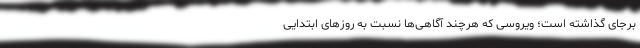
برجای گذاشته است؛ ویروسی که هرچند آگاهی‌ها نسبت به روزهای ابتدایی